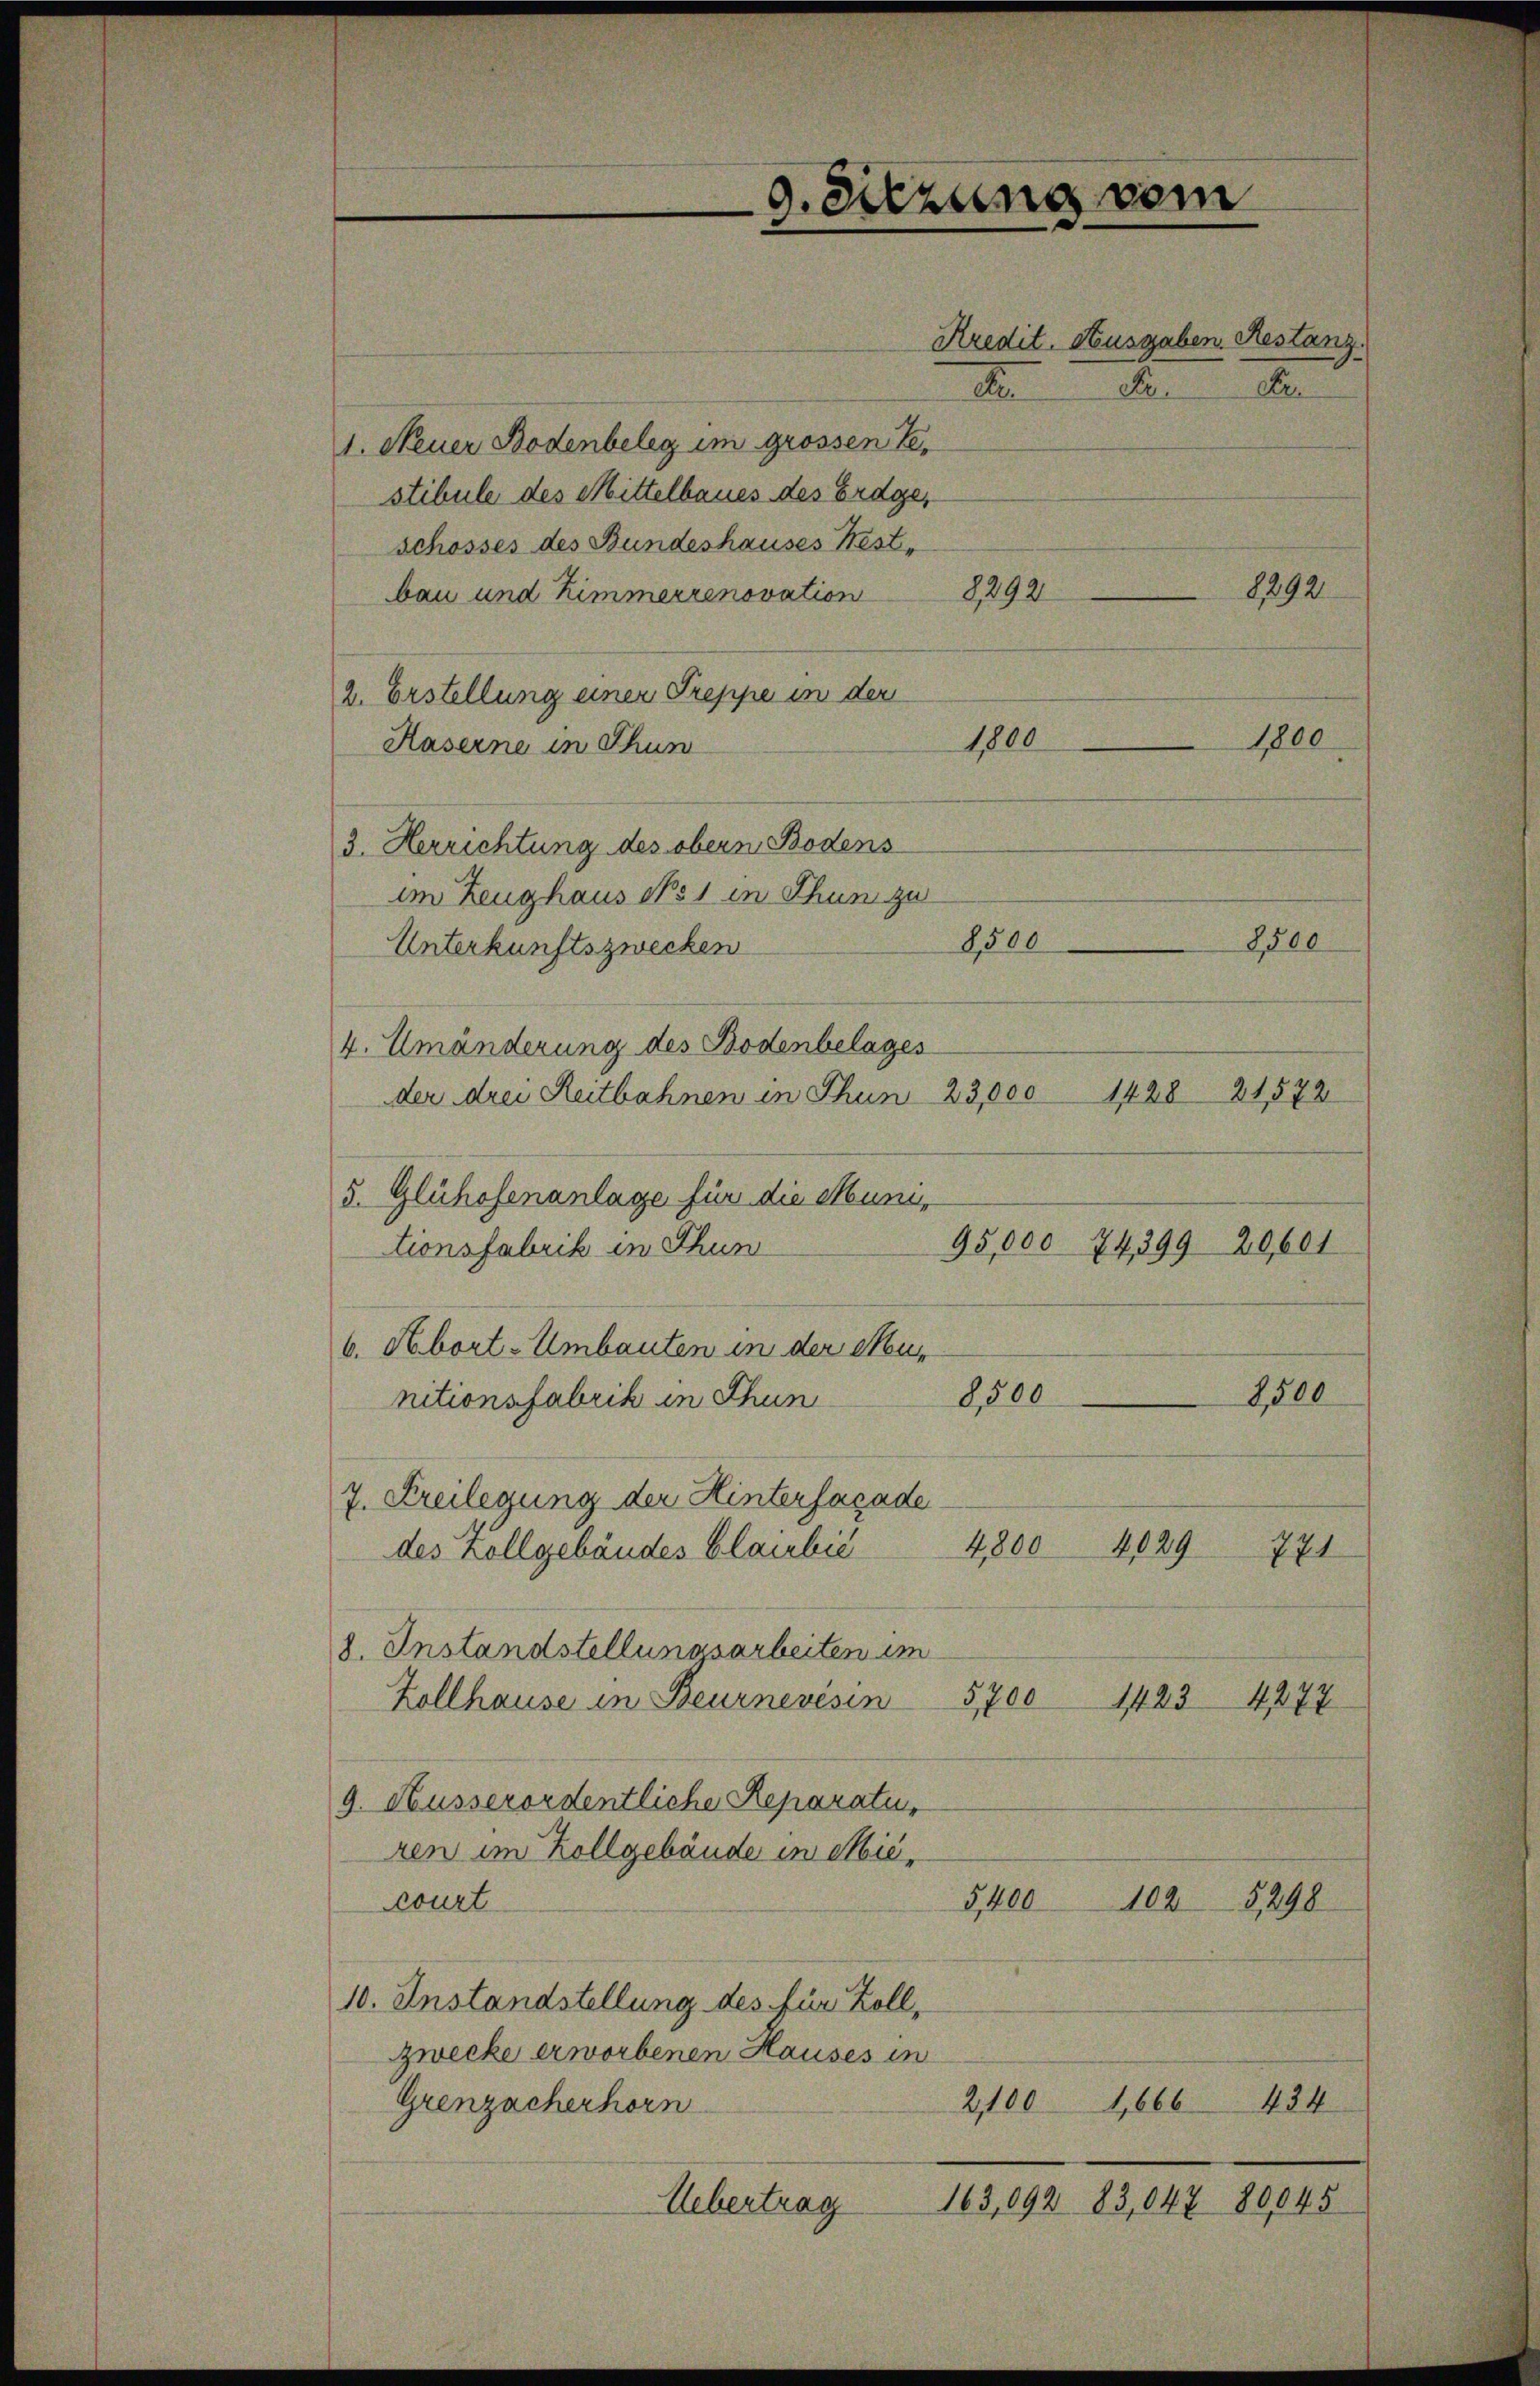
9. Sitzung vom

Kredit. Ausgaben. Restanz.
Re
1. Neuer Bodenbeleg im grossen Bestibule des Mittelbaues des Erdge,
schosses des Bundeshauses Fest-
8292.
bau und Zimmerrenovation 8,892
2. Erstellung einer Treppe in der
1800
Kaserne in Thun
3. Herrichtung des obern Bodens
im Zeughaus No 1 in Thun zu
8500
8500
Unterkunftszwecken
4. Umänderung des Bodenbelages
1428 21572
der drei Reitbahnen in Thun  23,000
5. Glühofenanlage für die Muni-
tionsfabrik in Thun
b. Abort. Umbauten in der Neus
8500
2,500
nitionsfabrik in Thun
7. Freilegung der Hinterfacade
4029
4800
771
des Zollgebäudes Glaubić
8. Instandstellungsarbeiten im
5,700
1423 477
Zollhause in Beurnevesin
9. Ausserordentliche Reparatu
ren im Zollgebäude in Mie¬
5,400
1025298
court
10. Anstandstellung des für Zollzwecke erworbenen Hauses in
484
2,100
1,666
Grenzacherhorn
163,092 83,047 80045
Uebertrag

A

95,000 74,399 20,601

de

1,800